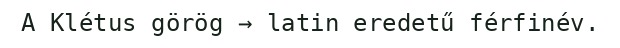
A Klétus görög → latin eredetű férfinév.